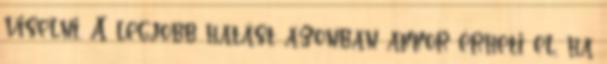
viselni. A legjobb hatást azonban akkor érheti el, ha